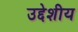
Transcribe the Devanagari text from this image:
उद्देशीय